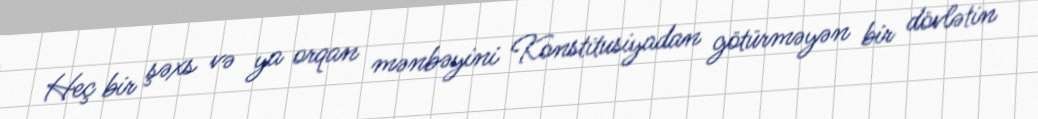
Heç bir şəxs və ya orqan mənbəyini Konstitusiyadan götürməyən bir dövlətin